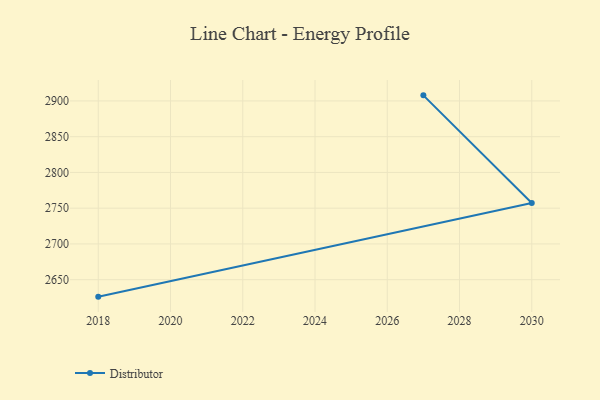
{"axis": {"x": "Year", "y": "Tickets Resolved"}, "legend": ["Distributor"], "data": [{"x": "2027", "y": 2907.8, "type": "Distributor"}, {"x": "2030", "y": 2757.2, "type": "Distributor"}, {"x": "2018", "y": 2626.3, "type": "Distributor"}]}